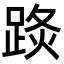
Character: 𨁣